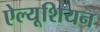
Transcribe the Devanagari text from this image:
ऐल्यूशियन